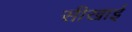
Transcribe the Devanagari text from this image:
सीखाई